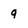
Character: q